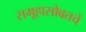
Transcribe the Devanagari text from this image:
समूहासोबतचे